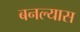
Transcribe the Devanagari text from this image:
बनल्यास